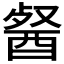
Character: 𮠯